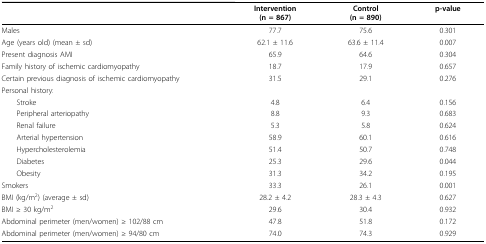
<table><thead><tr><td></td><td><b>Intervention(n = 867)</b></td><td><b>Control(n = 890)</b></td><td><b>p-value</b></td></tr></thead><tbody><tr><td>Males</td><td>77.7</td><td>75.6</td><td>0.301</td></tr><tr><td>Age (years old) (mean ± sd)</td><td>62.1 ± 11.6</td><td>63.6 ± 11.4</td><td>0.007</td></tr><tr><td>Present diagnosis AMI</td><td>65.9</td><td>64.6</td><td>0.304</td></tr><tr><td>Family history of ischemic cardiomyopathy</td><td>18.7</td><td>17.9</td><td>0.657</td></tr><tr><td>Certain previous diagnosis of ischemic cardiomyopathy</td><td>31.5</td><td>29.1</td><td>0.276</td></tr><tr><td>Personal history:</td><td></td><td></td><td></td></tr><tr><td> Stroke</td><td>4.8</td><td>6.4</td><td>0.156</td></tr><tr><td> Peripheral arteriopathy</td><td>8.8</td><td>9.3</td><td>0.683</td></tr><tr><td> Renal failure</td><td>5.3</td><td>5.8</td><td>0.624</td></tr><tr><td> Arterial hypertension</td><td>58.9</td><td>60.1</td><td>0.616</td></tr><tr><td> Hypercholesterolemia</td><td>51.4</td><td>50.7</td><td>0.748</td></tr><tr><td> Diabetes</td><td>25.3</td><td>29.6</td><td>0.044</td></tr><tr><td> Obesity</td><td>31.3</td><td>34.2</td><td>0.195</td></tr><tr><td>Smokers</td><td>33.3</td><td>26.1</td><td>0.001</td></tr><tr><td>BMI (kg/m<sup>2</sup>) (average ± sd)</td><td>28.2 ± 4.2</td><td>28.3 ± 4.3</td><td>0.627</td></tr><tr><td>BMI ≥ 30 kg/m<sup>2</sup></td><td>29.6</td><td>30.4</td><td>0.932</td></tr><tr><td>Abdominal perimeter (men/women) ≥ 102/88 cm</td><td>47.8</td><td>51.8</td><td>0.172</td></tr><tr><td>Abdominal perimeter (men/women) ≥ 94/80 cm</td><td>74.0</td><td>74.3</td><td>0.929</td></tr></tbody></table>